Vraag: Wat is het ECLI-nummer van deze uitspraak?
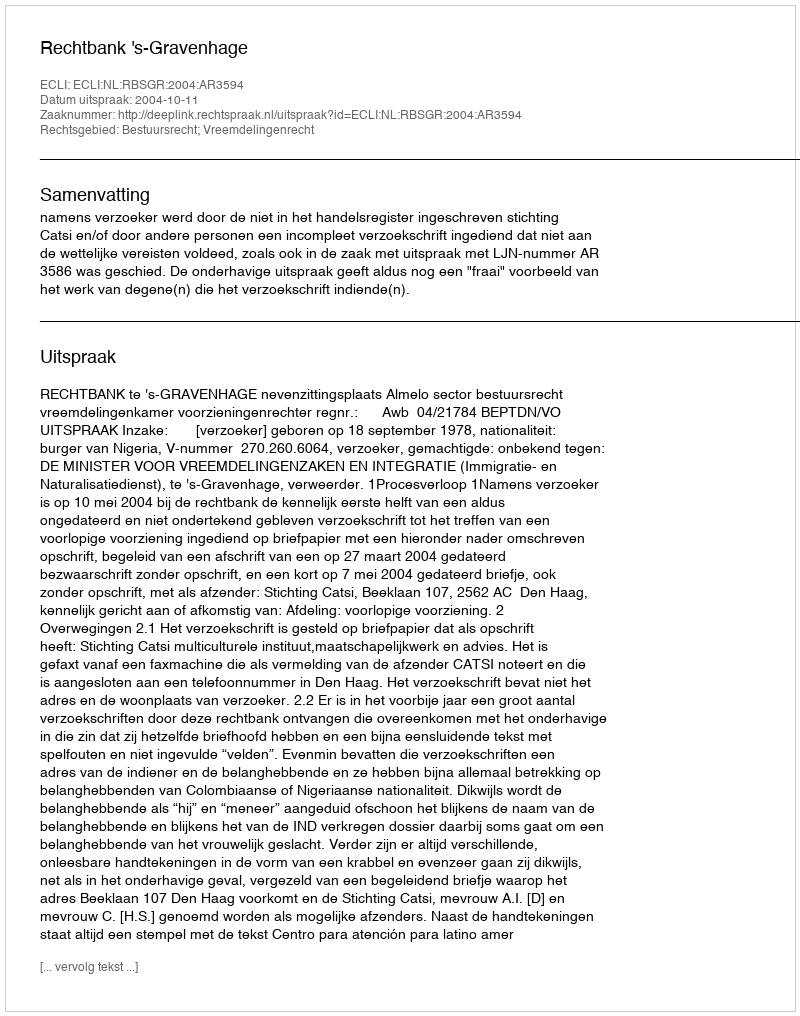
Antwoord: ECLI:NL:RBSGR:2004:AR3594